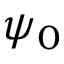
\psi _ { 0 }